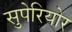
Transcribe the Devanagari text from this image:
सुपेरियोर